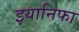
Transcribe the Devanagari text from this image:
इयानिफा